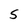
Character: S